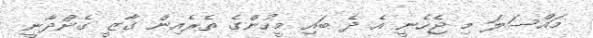
މައްސަލަ މި ޖެހެނީ އެ ދެ ބައި މީހުންގެ ތެރެއިން ގާޒީ ގެންދާނީ